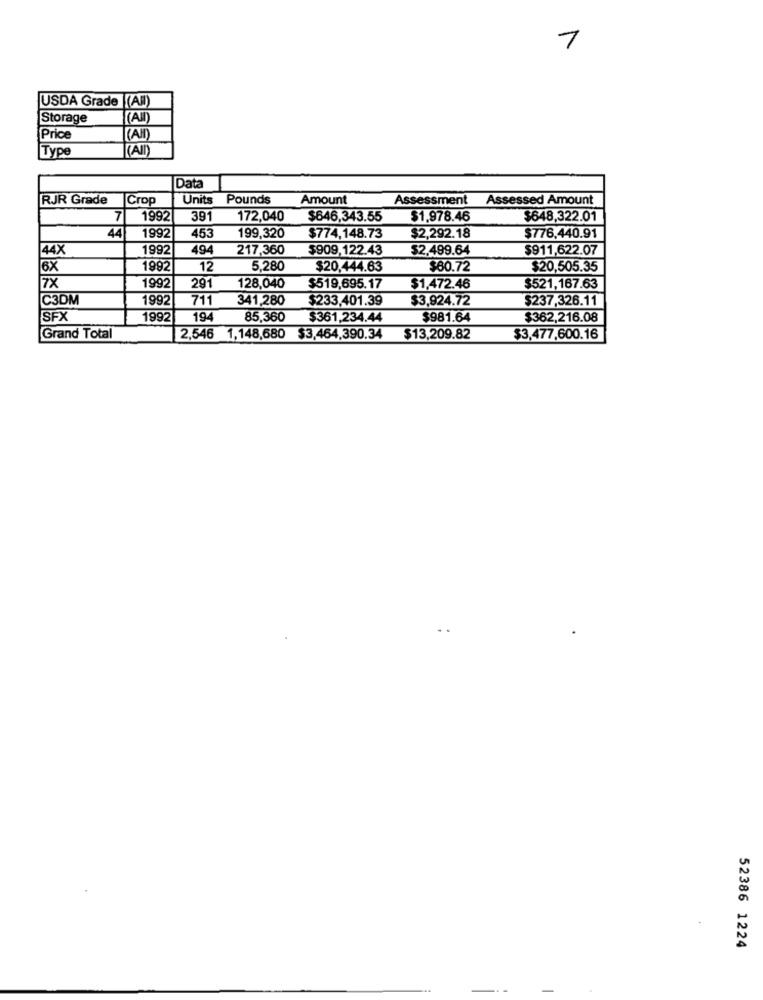
1
USDA Grade (All)
Storage
(AII)
Price
CAM
|Type
RAID)
Data
RJR Grade
Crop
Units
Pounds
Amount
Assessment
Assessed Amount
7
1992
391
172,040
$646,343.55
$1.978.46
$648,322.01
44
453
1992
199,320
$774,148.73
$2,292.18
$776,440.91
44X
1992
494
217,360
$909,122.43
$2.499.64
$911,622.07
6X
1992
12
5.280
$20,444.63
$80.72
$20,505.35
7X
1992
291
128,040
$519,695.17
$1,472.46
$521,167.63
C3DM
1992
711
341,280
$233,401.39
$3,924.72
$237,326.11
SFX
1992
194
85,360
$361,234.44
$981.64
$362,216.08
Grand Total
2,546 1,148,680 $3,464,390.34
$13,209.82
$3,477,600.16
52386 1224